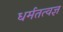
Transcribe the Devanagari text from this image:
धर्मतत्वज्ञ